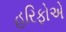
હરિફોએ